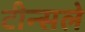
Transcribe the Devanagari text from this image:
टीन्सले